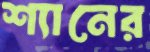
শ্যানের